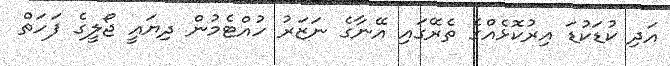
އަދި ކުޑަކުޑަ އިރުކޮޅެއްގެ ތެރޭގައި އޭނާގެ ނަޒަރު ހުއްޓެމުން ދިޔައީ ޖޯލީގެ ފަހަތް